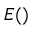
E ( )